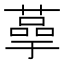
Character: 𫉞